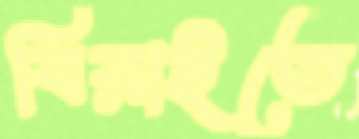
বিরাইতে